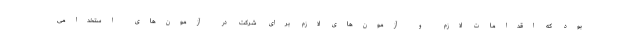
بود که اقدامات لازم و آزمون‌های لازم برای شرکت در آزمون‌های استخدامی